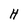
Character: H